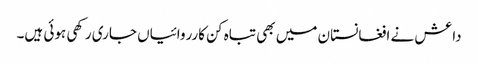
داعش نے افغانستان میں بھی تباہ کن کارروائیاں جاری رکھی ہوئی ہیں۔